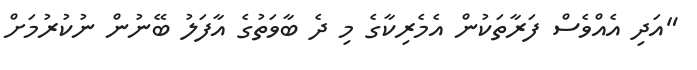
"އަދި އެއްވެސް ފަރާތަކުން އެމެރިކާގެ މި ދެ ބާވަތުގެ އާފަލު ބޭނުން ނުކުރުމަށް